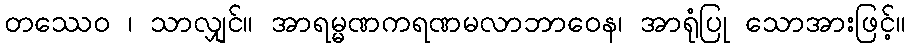
တဿေဝ ၊ သာလျှင်။ အာရမ္မဏကရဏမလာဘာဝေန၊ အာရုံပြု သောအားဖြင့်။